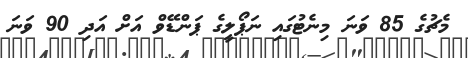
މެޗުގެ 85 ވަނަ މިނެޓުގައި ނަޕޯލީގެ ޕަންޑޭވް އަށް އަދި 90 ވަނަ